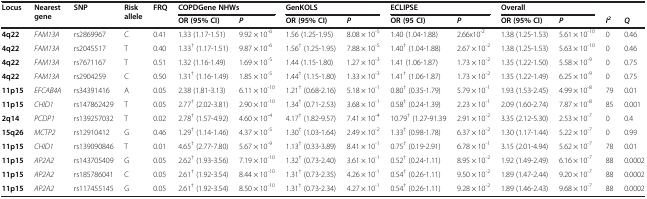
<table><thead><tr><td rowspan="2"><b>Locus</b></td><td rowspan="2"><b>Nearest gene</b></td><td rowspan="2"><b>SNP</b></td><td rowspan="2"><b>Risk allele</b></td><td rowspan="2"><b>FRQ</b></td><td colspan="2"><b>COPDGene NHWs</b></td><td colspan="2"><b>GenKOLS</b></td><td colspan="2"><b>ECLIPSE</b></td><td colspan="2"><b>Overall</b></td><td></td><td></td></tr><tr><td><b>OR (95% CI)</b></td><td><b><i>P</i></b></td><td><b>OR (95% CI)</b></td><td><b><i>P</i></b></td><td><b>OR (95 CI)</b></td><td><b><i>P</i></b></td><td><b>OR (95% CI)</b></td><td><b><i>P</i></b></td><td><b><i>I</i><sup><i>2</i></sup></b></td><td><b><i>Q</i></b></td></tr></thead><tbody><tr><td><b>4q22</b></td><td><i>FAM13A</i></td><td>rs2869967</td><td>C</td><td>0.41</td><td>1.33 (1.17-1.51)</td><td>9.92 × 10<sup>-6</sup></td><td>1.56 (1.25-1.95)</td><td>8.08 × 10<sup>-5</sup></td><td>1.40 (1.04-1.88)</td><td>2.66x10<sup>-2</sup></td><td>1.38 (1.25-1.53)</td><td>5.61 × 10<sup>-10</sup></td><td>0</td><td>0.46</td></tr><tr><td><b>4q22</b></td><td><i>FAM13A</i></td><td>rs2045517</td><td>T</td><td>0.40</td><td>1.33<sup>†</sup> (1.17-1.51)</td><td>9.87 × 10<sup>-6</sup></td><td>1.56<sup>†</sup> (1.25-1.95)</td><td>7.88 × 10<sup>-5</sup></td><td>1.40<sup>†</sup> (1.04-1.88)</td><td>2.67 × 10<sup>-2</sup></td><td>1.38 (1.25-1.53)</td><td>5.63 × 10<sup>-10</sup></td><td>0</td><td>0.46</td></tr><tr><td><b>4q22</b></td><td><i>FAM13A</i></td><td>rs7671167</td><td>T</td><td>0.51</td><td>1.32 (1.16-1.49)</td><td>1.69 × 10<sup>-5</sup></td><td>1.44 (1.15-1.80)</td><td>1.27 × 10<sup>-3</sup></td><td>1.41 (1.06-1.87)</td><td>1.73 × 10<sup>-2</sup></td><td>1.35 (1.22-1.50)</td><td>5.58 × 10<sup>-9</sup></td><td>0</td><td>0.75</td></tr><tr><td><b>4q22</b></td><td><i>FAM13A</i></td><td>rs2904259</td><td>C</td><td>0.50</td><td>1.31<sup>†</sup> (1.16-1.49)</td><td>1.85 × 10<sup>-5</sup></td><td>1.44<sup>†</sup> (1.15-1.80)</td><td>1.33 × 10<sup>-3</sup></td><td>1.41<sup>†</sup> (1.06-1.87)</td><td>1.73 × 10<sup>-2</sup></td><td>1.35 (1.22-1.49)</td><td>6.25 × 10<sup>-9</sup></td><td>0</td><td>0.75</td></tr><tr><td><b>11p15</b></td><td><i>EFCAB4A</i></td><td>rs34391416</td><td>A</td><td>0.05</td><td>2.38 (1.81-3.13)</td><td>6.11 × 10<sup>-10</sup></td><td>1.21<sup>†</sup> (0.68-2.16)</td><td>5.18 × 10<sup>-1</sup></td><td>0.80<sup>†</sup> (0.35-1.79)</td><td>5.79 × 10<sup>-1</sup></td><td>1.93 (1.53-2.45)</td><td>4.99 × 10<sup>-8</sup></td><td>79</td><td>0.01</td></tr><tr><td><b>11p15</b></td><td><i>CHID1</i></td><td>rs147862429</td><td>T</td><td>0.05</td><td>2.77<sup>†</sup> (2.02-3.81)</td><td>2.90 × 10<sup>-10</sup></td><td>1.34<sup>†</sup> (0.71-2.53)</td><td>3.68 × 10<sup>-1</sup></td><td>0.58<sup>†</sup> (0.24-1.39)</td><td>2.23 × 10<sup>-1</sup></td><td>2.09 (1.60-2.74)</td><td>7.87 × 10<sup>-8</sup></td><td>85</td><td>0.001</td></tr><tr><td><b>2q14</b></td><td><i>PCDP1</i></td><td>rs139257032</td><td>T</td><td>0.02</td><td>2.78<sup>†</sup> (1.57-4.92)</td><td>4.60 × 10<sup>-4</sup></td><td>4.17<sup>†</sup> (1.82-9.57)</td><td>7.41 × 10<sup>-4</sup></td><td>10.79<sup>†</sup> (1.27-91.39</td><td>2.91 × 10<sup>-2</sup></td><td>3.35 (2.12-5.30)</td><td>2.53 × 10<sup>-7</sup></td><td>0</td><td>0.4</td></tr><tr><td><b>15q26</b></td><td><i>MCTP2</i></td><td>rs12910412</td><td>G</td><td>0.46</td><td>1.29<sup>†</sup> (1.14-1.46)</td><td>4.37 × 10<sup>-5</sup></td><td>1.30<sup>†</sup> (1.03-1.64)</td><td>2.49 × 10<sup>-2</sup></td><td>1.33<sup>†</sup> (0.98-1.78)</td><td>6.37 × 10<sup>-2</sup></td><td>1.30 (1.17-1.44)</td><td>5.22 × 10<sup>-7</sup></td><td>0</td><td>0.99</td></tr><tr><td><b>11p15</b></td><td><i>CHID1</i></td><td>rs139090846</td><td>T</td><td>0.01</td><td>4.65<sup>†</sup> (2.77-7.80)</td><td>5.67 × 10<sup>-9</sup></td><td>1.13<sup>†</sup> (0.33-3.89)</td><td>8.41 × 10<sup>-1</sup></td><td>0.75<sup>†</sup> (0.19-2.91)</td><td>6.78 × 10<sup>-1</sup></td><td>3.15 (2.01-4.94)</td><td>5.62 × 10<sup>-7</sup></td><td>78</td><td>0.01</td></tr><tr><td><b>11p15</b></td><td><i>AP2A2</i></td><td>rs143705409</td><td>G</td><td>0.05</td><td>2.62<sup>†</sup> (1.93-3.56)</td><td>7.19 × 10<sup>-10</sup></td><td>1.32<sup>†</sup> (0.73-2.40)</td><td>3.61 × 10<sup>-1</sup></td><td>0.52<sup>†</sup> (0.24-1.11)</td><td>8.95 × 10<sup>-2</sup></td><td>1.92 (1.49-2.49)</td><td>6.16 × 10<sup>-7</sup></td><td>88</td><td>0.0002</td></tr><tr><td><b>11p15</b></td><td><i>AP2A2</i></td><td>rs185786041</td><td>C</td><td>0.05</td><td>2.61<sup>†</sup> (1.92-3.54)</td><td>8.44 × 10<sup>-10</sup></td><td>1.31<sup>†</sup> (0.73-2.35)</td><td>4.26 × 10<sup>-1</sup></td><td>0.54<sup>†</sup> (0.26-1.11)</td><td>9.50 × 10<sup>-2</sup></td><td>1.89 (1.47-2.44)</td><td>9.20 × 10<sup>-7</sup></td><td>88</td><td>0.0002</td></tr><tr><td><b>11p15</b></td><td><i>AP2A2</i></td><td>rs117455145</td><td>G</td><td>0.05</td><td>2.61<sup>†</sup> (1.92-3.54)</td><td>8.50 × 10<sup>-10</sup></td><td>1.31<sup>†</sup> (0.73-2.34)</td><td>4.27 × 10<sup>-1</sup></td><td>0.54<sup>†</sup> (0.26-1.11)</td><td>9.28 × 10<sup>-2</sup></td><td>1.89 (1.46-2.43)</td><td>9.68 × 10<sup>-7</sup></td><td>88</td><td>0.0002</td></tr></tbody></table>